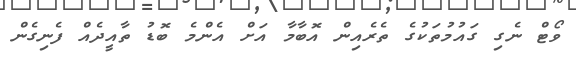
ވޯޓް ނެގި ގައުމުތަކުގެ ތެރެއިން އޮބާމާ އަށް އެންމެ ބޮޑު ތާއީދެއް ފެނިގެން